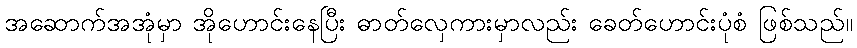
အဆောက်အအုံမှာ အိုဟောင်းနေပြီး ဓာတ်လှေကားမှာလည်း ခေတ်ဟောင်းပုံစံ ဖြစ်သည်။